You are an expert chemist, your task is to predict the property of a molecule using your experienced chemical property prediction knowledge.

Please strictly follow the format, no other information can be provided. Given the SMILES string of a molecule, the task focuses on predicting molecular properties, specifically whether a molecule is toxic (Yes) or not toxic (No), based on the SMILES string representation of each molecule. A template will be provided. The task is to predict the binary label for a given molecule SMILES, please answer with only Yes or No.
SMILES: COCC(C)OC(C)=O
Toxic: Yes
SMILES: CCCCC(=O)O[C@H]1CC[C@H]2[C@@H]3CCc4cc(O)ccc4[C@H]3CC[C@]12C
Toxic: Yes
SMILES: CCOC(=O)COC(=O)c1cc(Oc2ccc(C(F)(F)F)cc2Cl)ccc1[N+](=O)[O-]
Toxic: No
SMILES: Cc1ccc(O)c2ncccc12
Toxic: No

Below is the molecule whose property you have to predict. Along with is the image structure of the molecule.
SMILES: CCCN1C[C@H](CSC)C[C@@H]2c3cccc4[nH]cc(c34)C[C@H]21
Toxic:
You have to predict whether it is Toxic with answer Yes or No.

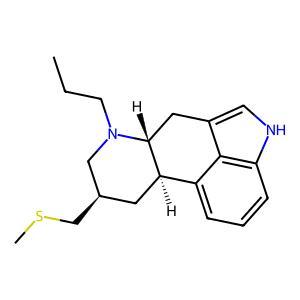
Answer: No